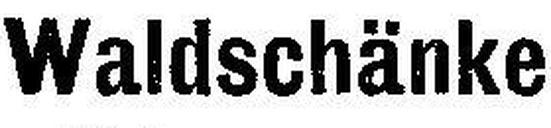
Waldschänke